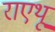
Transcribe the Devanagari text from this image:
राएथू